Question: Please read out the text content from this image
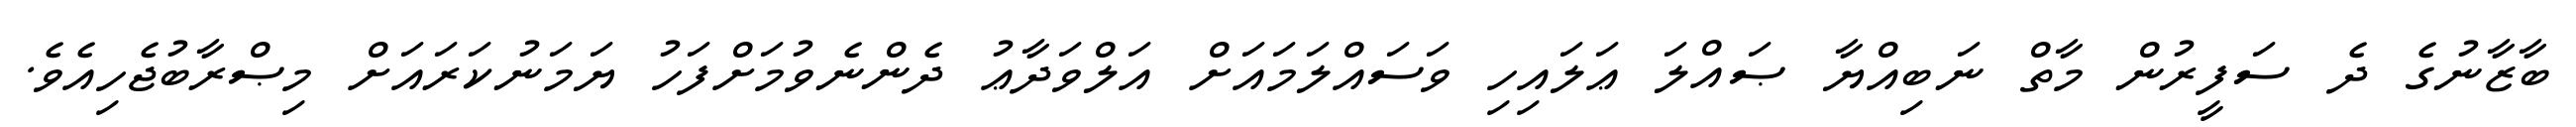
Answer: ބާޒާނުގެ ދެ ސަފީރުން މާތް ނަބިއްޔާ ޞައްލަ ޢަލައިހި ވަސައްލަމައަށް އަލްވަދާޢު ދެންނެވުމަށްފަހު ޔަމަނުކަރައަށް މިޞްރާބުޖެހިއެވެ.